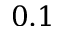
0 . 1